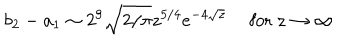
b _ { 2 } - a _ { 1 } \sim 2 ^ { 9 } \sqrt { 2 / \pi } z ^ { 5 / 4 } e ^ { - 4 \sqrt { z } } \ \mathrm { f o r } \ z \rightarrow \infty